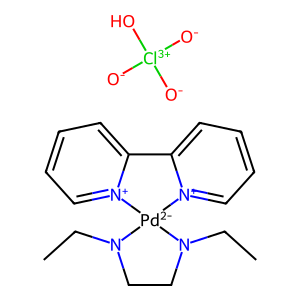
SMILES: CCN1CCN(CC)[Pd-2]12[n+]1ccccc1-c1cccc[n+]12.[O-][Cl+3]([O-])([O-])O
Inhibits HIV replication: No